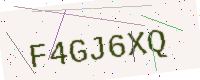
Text: F4GJ6XQ